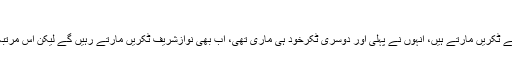
مزید پڑھیں: نواز شریف کے خلاف توہین عدالت کی درخواست دائر
پرویز الہیٰ نے کہا کہ نواز شریف کی تاریخ رہی ہے کہ وہ اداروں سے ٹکریں مارتے ہیں، انہوں نے پہلی اور دوسری ٹکرخود ہی ماری تھی، اب بھی نوازشریف ٹکریں مارتے رہیں گے لیکن اس مرتبہ اللہ کی طرف سے پکڑ ہوئی اور پورے کا پورا ٹبر ہی پکڑا گیا ہے۔